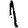
Digit: 1